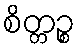
စိတ္တဉ္စ